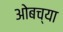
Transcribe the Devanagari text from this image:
ओबच्या